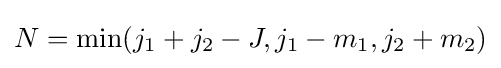
N=\min(j_{1}+j_{2}-J,j_{1}-m_{1},j_{2}+m_{2})